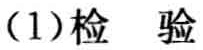
(1)检验